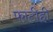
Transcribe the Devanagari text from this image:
फाटीही